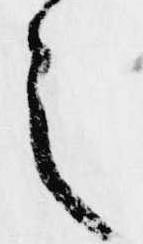
之